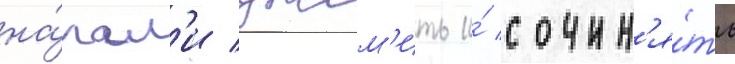
на́чал'и джем'ить и́ сочин'я́ть